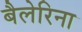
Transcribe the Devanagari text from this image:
बैलेरिना